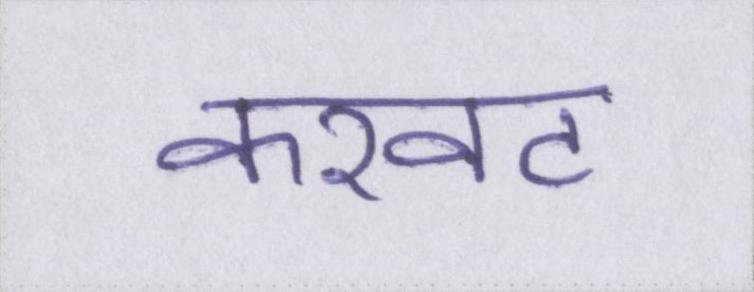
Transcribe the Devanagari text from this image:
करवट